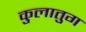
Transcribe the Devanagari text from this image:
कुलातुग